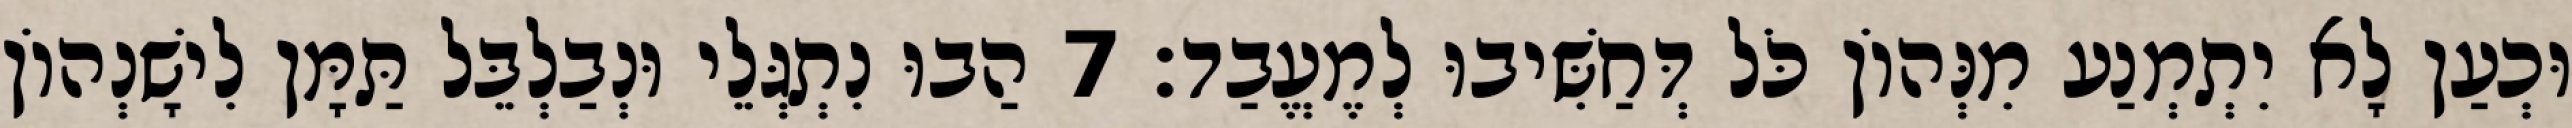
וּכְעַן לָא יִתְמְנַע מִנְּהוֹן כֹּל דְּחַשִּׁיבוּ לְמֶעֱבַד׃ 7 הַבוּ נִתְגְּלֵי וּנְבַלְבֵּל תַּמָּן לִישָׁנְהוֹן